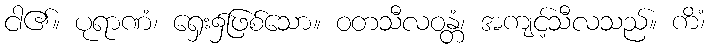
ငါ၏။ ပုရာဏံ၊ ရှေး၌ဖြစ်သော။ ဝတသီလဝန္တံ၊ အကျင့်သီလသည်။ ကိံ၊